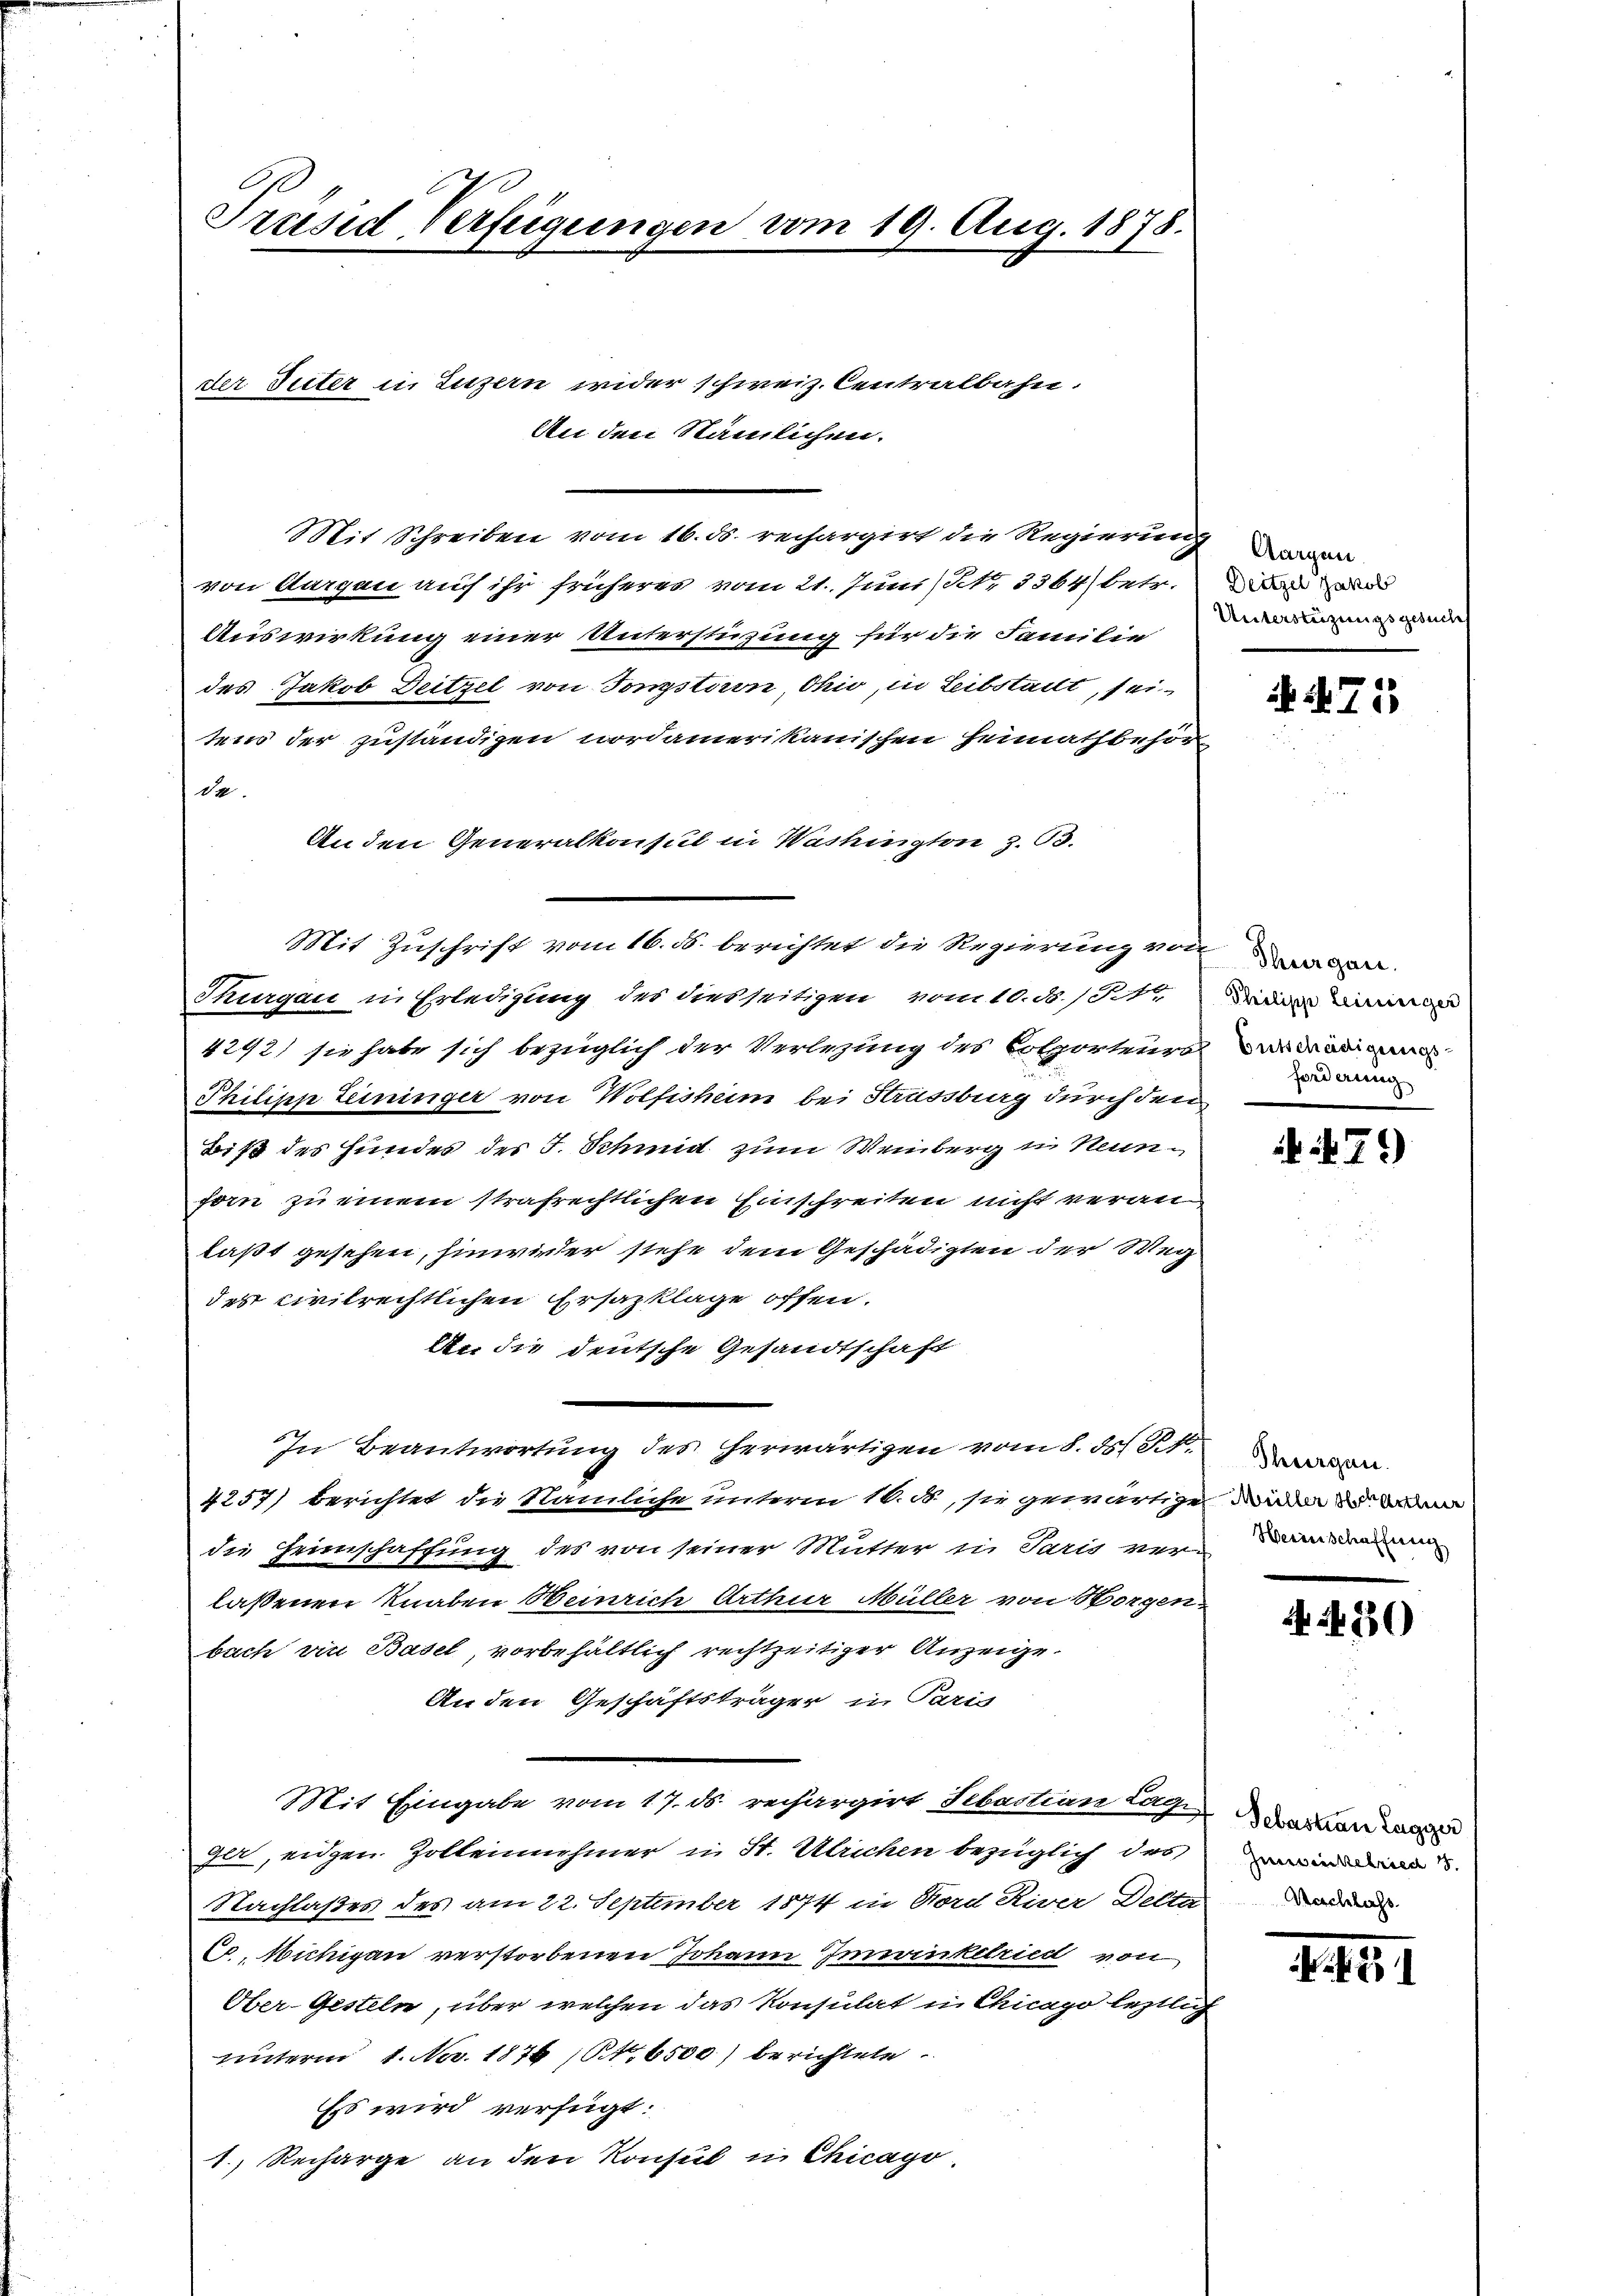
Präsid Verfügungen vom 19. Aug. 1878.

der Seiter u. sitzern wider schweiz. Centralbahn.
Mit Schreiben vom 16. ds. rechargirt die Regierung
von Aargau auf ihr früheres vom 21. Juni NNo. 3364 betr.
Auswirkung einer Unterstüzung für die Familie
des Jakob Deitzel von Tongstiren, Ohio, in Leibstalt, seitens der zuständigen nordamerikanischen Einnathbehör
da
An den Generalkonsul in Washington z. 53.
Thurgau in Erledigung des diesseitigen vom 10. d. 1810,
4292) sie habe sich bezüglich der Verlegung des Kolporteurs waren
Philipp Leininger von Wolfisheim bei Strassberg durch den
Biß des Hundes der J. Schmidt zum Weinberg in Neunforn zu einem strafrechtlichen Einschreiten nicht veranlaßt gesehen, hinwieder stehe dem Geschädigten der Weg
des civilrechtlichen Ersazklage offen.
An die deutsche Gesandtschaft
In Beantwortung des herwärtigen vom 8. ds. S.
4257) berichtet die Nämliche unterm 18. d., sie gewärtigen in zu den
die Heimschaffung des von seiner Mutter in Paris von in meine
laßenen Knaben Heinrich Arthur Müller von Horgen-
bach ein Basel, vorbehältlich rechtzeitiger Anzeige¬
Anden Geschäftsträger in Paris
Mit Eingabe vom 17. ds. rechargirt Sebastian Lage dara
ger, eiden Zollennehmer in St. Ulrichen bezüglich des
Nachlaßes des am 22. September 1874 in Bord River Della do
C. Michigau verstorbenen Johann Imonkelried von
Ober-Gesteln, über welchen das Konsulat in Chicapo leztlich
unterm 1. No. 1876 (146500) berichtete
Ess wird verfügt:
1.) Recharge an den Konsul in Chicago

An den Stämlichen.

Mit Zuschrift vom 16. ds. berichtet die Regierung von

Aargau
Deitzel Jakob
Unterstüzungsgesuch

471)

Thurgau.
Philipp Leiniger
Forderung

471)

Thurgau.

4490)

Zinsen befried

1451